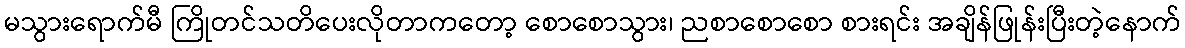
မသွားရောက်မီ ကြိုတင်သတိပေးလိုတာကတော့ စောစောသွား၊ ညစာစောစော စားရင်း အချိန်ဖြုန်းပြီးတဲ့နောက်